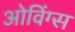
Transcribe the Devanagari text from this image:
ओविंग्स